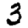
Digit: 3